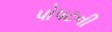
પોપટની